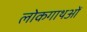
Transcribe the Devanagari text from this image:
लोकगाथओं